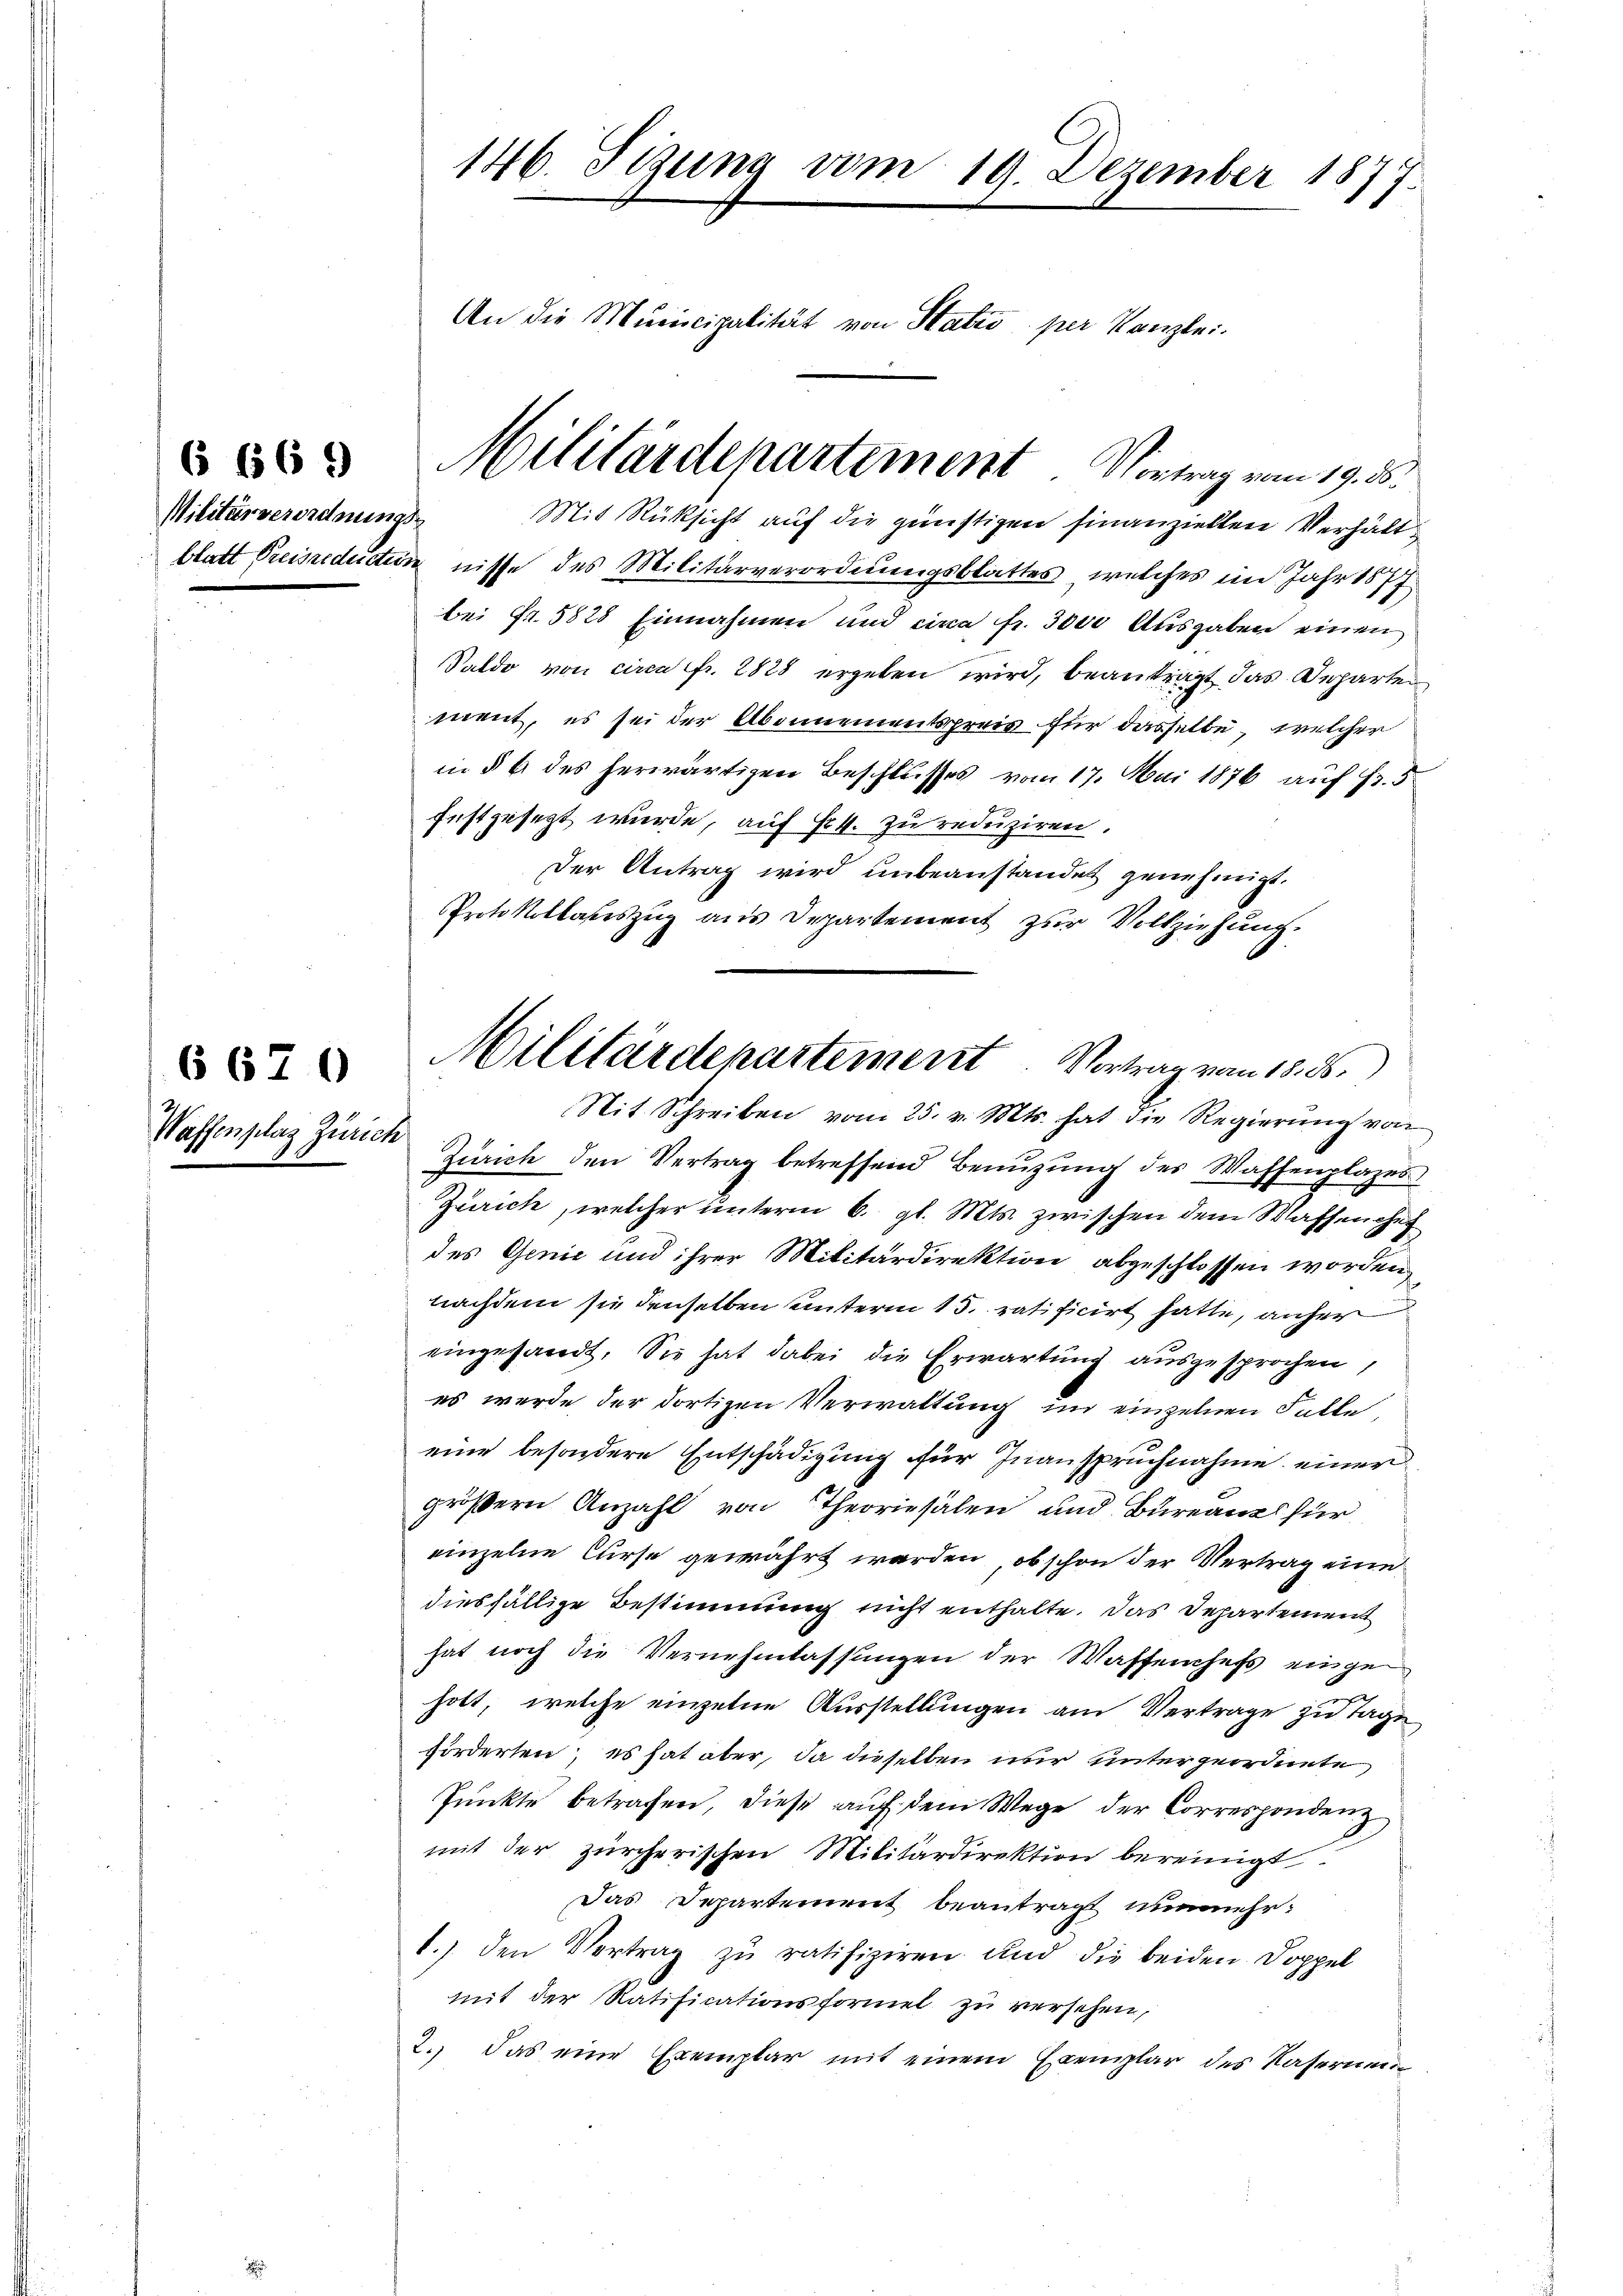
Militärverordnungs-

6670

146. Sizung vom 19. Dezember 1877.
An die Municipalität von Statio per Kanzlei.

Waffenplaz Zürich

blatt Preisreducten nisse des Militärverordnungsblattes, welches im Jahr 1877
bei Fr. 5828 Einnahmen und circa Fr. 3000 Ausgaben einen
Saldo von circa fr. 2828 ergeben wird, beantragt das Departe
ment, es sei der Abonnementspreis für dasselbe, welcher
in § 6 des herwärtigen Beschlusses vom 17. Mai 1876 auf Fr. 5.
festgesezt wurde, auf Fr. 4. zu reduziren.
Der Antrag wird unbeanstandet genehmigt.
Protokollateszug aus Departement zur Vollziehung.
Zürich den Vertrag betreffend Benuzung des Waffenplazes
Zürich, welcher unterm 6. gl. Mts. zwischen dem Waffenhef
des Genić und ihrer Militärdirektion abgeschlossen worden
nachdem sie denselben unterm 15. ratificirt hatte, anher
eingesandt. Sie hat dabei die Erwartung ausgesprochen,
es werde der dortigen Verwaltung im einzelnen Falle,
eine besondere Entschädigung für Inanspruchnahme einer
größern Anzahl von Theoriesalen und Bureau für
einzelne Curse gewährt werden, ob schon der Vertrag eine
diesfällige Bestimmung nicht enthalte. Das Departement
hat noch die Vernehmlassungen der Waffenhefs einge
holt, welche einzelne Ausstellungen am Vertrage zu Tage
förderten; es hat aber, da dieselben nur untergeordnete
Pŭnkte betrafen, diese aŭf dem Wege der Correspondenz
mit der zürcherischen Militärdirektion bereinigt
Das Departement beantragt nunmehr¬
1.) den Vertrag zŭ ratifiziren und die beiden Doppel
mit der Ratificationsformel zu versehen,
2. Das eine Exemplar mit einem Exemplar des Kasernen¬

2 Militärdepartement Vortrag vom 19. ds.
Mit Rüksicht auf die günstigen hinanzielten Verhält¬

Militärdepartement. Vortrag vom 18. ds.
Nit Schreiben vom 25. v. Mts. hat die Regierung von